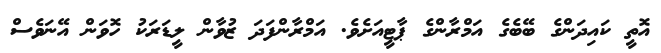
އޮތީ ކައިދަންގެ ބޭބެގެ އަމްރާންގެ ޕާޓީއަށެވެ. އަމްރާންފަދަ ޒުވާން ލީޑަރަކު ހޮވަން އޭނަވެސް